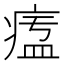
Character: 𤷷